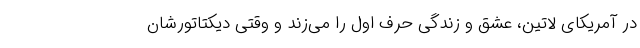
در آمریکای لاتین، عشق و زندگی حرف اول را می‌زند و وقتی دیکتاتورشان